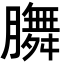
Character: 𭩐